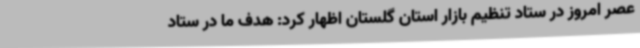
عصر امروز در ستاد تنظیم بازار استان گلستان اظهار کرد: هدف ما در ستاد